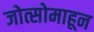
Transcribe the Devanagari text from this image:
जोत्सोमाहून